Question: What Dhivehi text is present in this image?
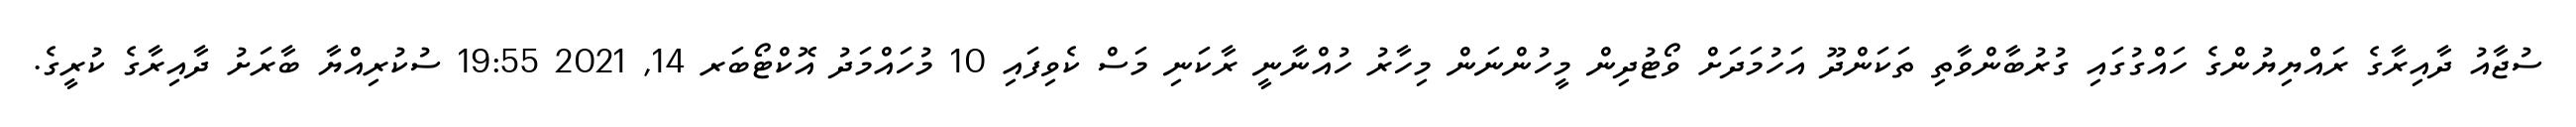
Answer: ސުޖާއު ދާއިރާގެ ރައްޔިޔުންގެ ހައްގުގައި ގުރުބާންވާތި ތަކަންދޫ އަހުމަދަށް ވޯޓުދިން މީހުންނަން މިހާރު ހުއްނާނީ ރާކަނި މަސް ކެވިފައި 10 މުހައްމަދު އޮކްޓޯބަރ 14, 2021 19:55 ސުކުރިއްޔާ ބާރަށު ދާއިރާގެ ކުރީގެ.